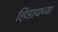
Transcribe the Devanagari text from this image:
हिंडायच्या